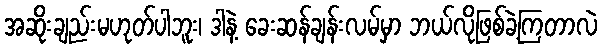
အဆိုးချည်းမဟုတ်ပါဘူး၊ ဒါနဲ့ ခေးဆန်ချန်းလမ်မှာ ဘယ်လိုဖြစ်ခဲ့ကြတာလဲ